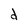
Character: d